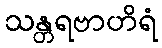
သန္တရဗာဟိရံ